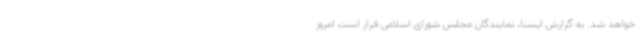
خواهد شد. به گزارش ایسنا، نمایندگان مجلس شورای اسلامی قرار است امروز